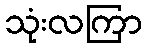
သုံးလကြာ